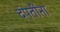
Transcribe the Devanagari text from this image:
दंपतींना